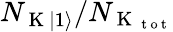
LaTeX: N_{\mathrm{~K~}\lvert 1\rangle}/N_{\mathrm{~K~}_{\mathrm{~t~o~t~}}}